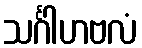
သင်္ဂါဟဗလံ